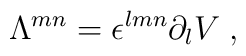
\Lambda^{m n} = \epsilon^{l m n} \partial_l V \; ,